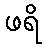
ဖရိ